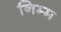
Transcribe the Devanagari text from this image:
निम्‍म